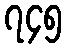
၇၄၅